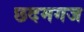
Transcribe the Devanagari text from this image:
छदमगज